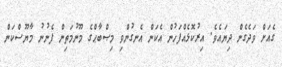
ގެއަށް ވަދެގެން ދިޔައެވެ. އިރުކޮޅެއްފަހުން އެކަން އެނގުންވި މިޞްބާޙްގެ މޫނުމަތިން ފެނުނު މާޔޫސްކަން